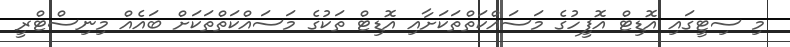
މި ސިޓީގައި އޮޑިޓް އޮފީހުގެ މަސައްކަތްތަކަށާއި އޮޑިޓް ތަކުގެ މަސައްކަތްތަކަށް ބައެއް މިނިސްޓްރީ